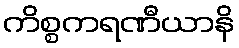
ကိစ္စကရဏီယာနိ